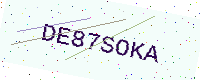
Text: DE87SOKA